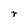
Character: r